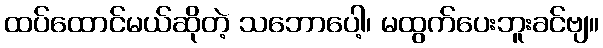
ထပ်ထောင်မယ်ဆိုတဲ့ သဘောပေါ့၊ မထွက်ပေးဘူးခင်ဗျ။